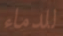
للدماء